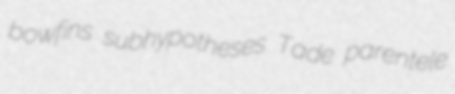
bowfins subhypotheses Tade parentele